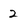
Character: 2